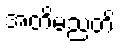
အတိမညတိ